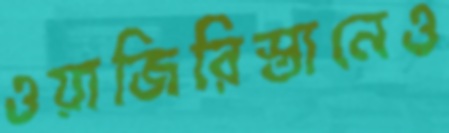
ওয়াজিরিস্তানেও